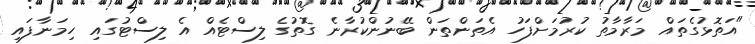
"އަތޮޅުގެތައް މަރާމާތު ކުރުމަށްފަހު އެތަންތަން ބޭނުންކުރާނެ ގޮތުގެ ލިސްޓެއް އެ ލިސްޓުގައި ހިމަނާފައި